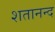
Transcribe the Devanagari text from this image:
शतानन्द